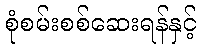
စုံစမ်းစစ်ဆေးရန်နှင့်